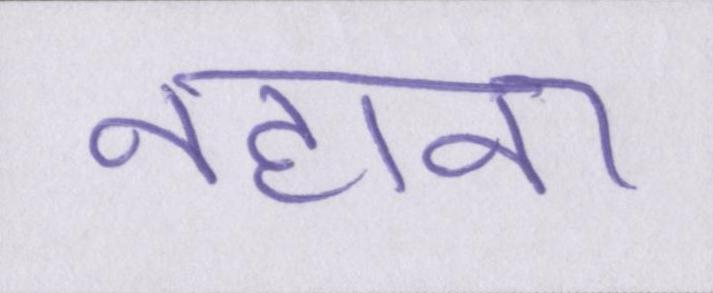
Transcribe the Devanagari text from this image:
नहाना